Document type: Emphyteutic lease
Year: 1276
Scribe: Pere de Roca
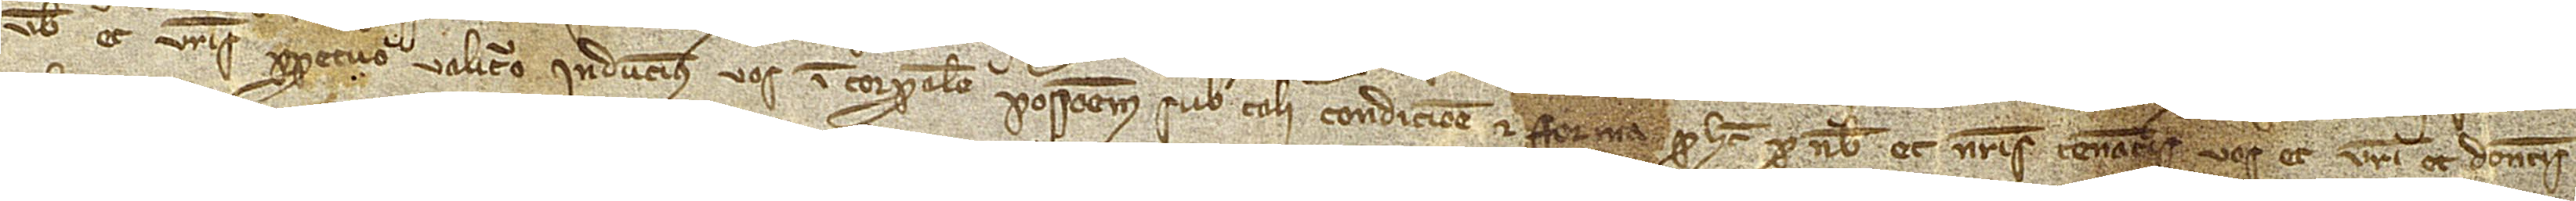
vobis et vestris perpetuo valituro inducimus vos in corporalem possessionem sub tali condicione et forma quod hec pro nobis et nostris teneatis vos et vestri et donetis